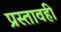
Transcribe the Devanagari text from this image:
प्रस्तावही